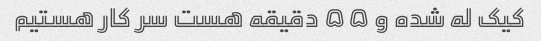
کیک له شده و ۵۵ دقیقه هست سر کار هستیم